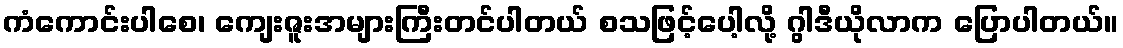
ကံကောင်းပါစေ၊ ကျေးဇူးအများကြီးတင်ပါတယ် စသဖြင့်ပေါ့လို့ ဂွါဒီယိုလာက ပြောပါတယ်။